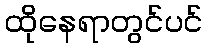
ထိုနေရာတွင်ပင်